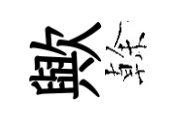
歟𠏉